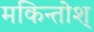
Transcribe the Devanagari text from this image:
मकिन्तोश्